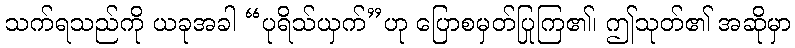
သက်ရသည်ကို ယခုအခါ “ပုရိသ်ယှက်”ဟု ပြောစမှတ်ပြုကြ၏၊ ဤသုတ်၏ အဆိုမှာ